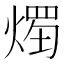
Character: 𱫴